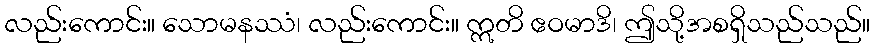
လည်းကောင်း။ သောမနဿံ၊ လည်းကောင်း။ ဣတိ ဧဝမာဒိ၊ ဤသို့အစရှိသည်သည်။